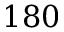
1 8 0